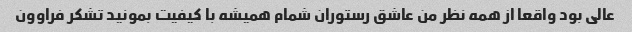
عالی بود واقعا از همه نظر من عاشق رستوران شمام همیشه با کیفیت بمونید تشکر فراوون